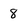
Character: 8